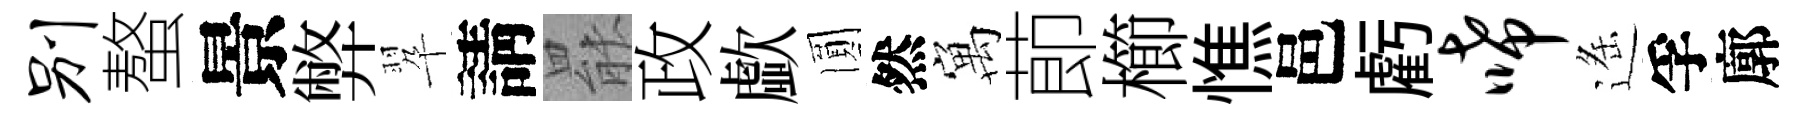
别螯景弊翆請罷政歔圎然寓莭櫛憔邑虧唏遥孚廓